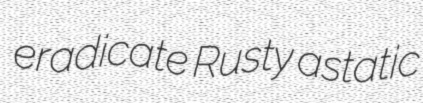
eradicate Rusty astatic